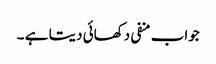
جواب منفی دکھائی دیتا ہے ۔